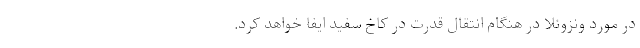
در مورد ونزوئلا در هنگام انتقال قدرت در کاخ سفید ایفا خواهد کرد.